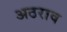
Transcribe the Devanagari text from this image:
अठराव